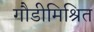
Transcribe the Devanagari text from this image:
गौडीमिश्रित